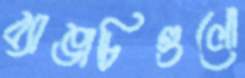
ব্যাঙাচিগুলো